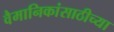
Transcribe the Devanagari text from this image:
वैमानिकांसाठीच्या